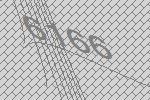
6166